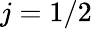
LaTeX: j=1/2